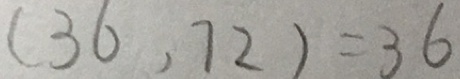
( 3 6 , 7 2 ) = 3 6